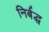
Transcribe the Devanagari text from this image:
निर्बद्ध